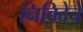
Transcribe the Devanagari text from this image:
निविदेचे